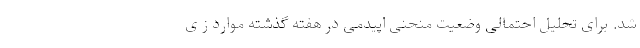
شد. برای تحلیل احتمالی وضعیت منحنی اپیدمی در هفته گذشته موارد ز ی